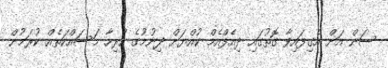
ސަން އަށް އެގިފައިވާ ގޮތުގައި ދިއެފްއެމް ކުއްޔަށް ދިނުމުގެ ހުރިހާ މަސައްކަތެއް ކުރަމުން